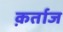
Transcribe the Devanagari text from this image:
क़र्ताज